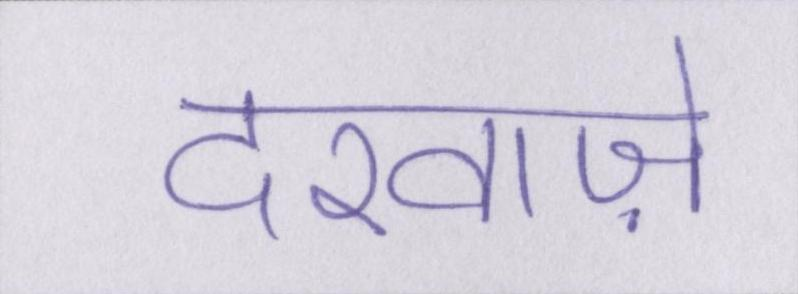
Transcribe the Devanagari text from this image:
दरवाज़े